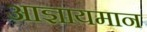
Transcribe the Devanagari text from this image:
आज्ञायमान